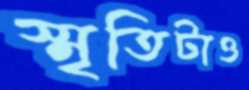
স্মৃতিটাও